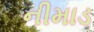
નીમાડ